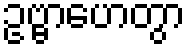
ဥဗ္ဗာဟေတွာ